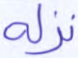
نزله